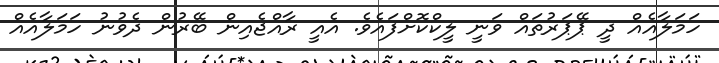
ހަމަލާއެއް ދީ ޕޭޕަރުތައް ވަނީ ލީކްކޮށްފައެވެ. އެއީ ރާއްޖެއިން ބޭރުން ދެވުނު ހަމަލާއެއް